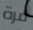
مرة